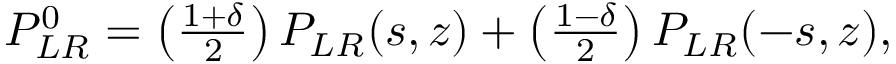
\begin{array} { r } { P _ { L R } ^ { 0 } = \left( \frac { 1 + \delta } { 2 } \right) { \cal P } _ { L R } ( s , z ) + \left( \frac { 1 - \delta } { 2 } \right) { \cal P } _ { L R } ( - s , z ) , } \end{array}